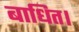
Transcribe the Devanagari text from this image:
बाधित।